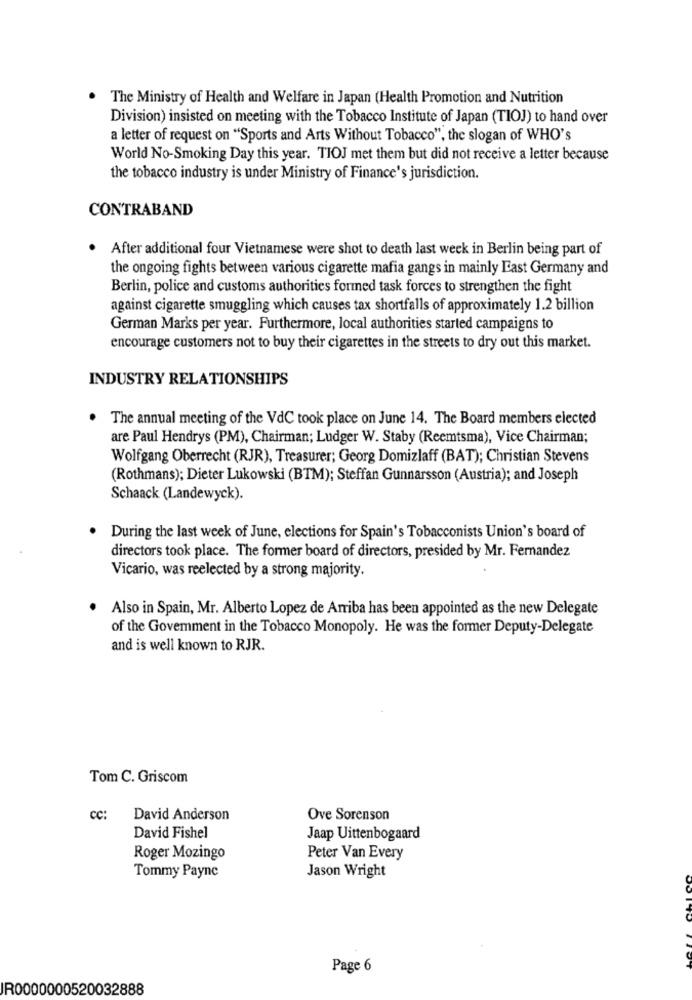
The Ministry of Health and Welfare in Japan (Health Promotion and Nutrition
Division) insisted on meeting with the Tobacco Institute of Japan (TIOJ) to hand over
a letter of request on "Sports and Arts Without Tobacco", the slogan of WHO's
World No-Smoking Day this year. TIOJ met them but did not receive a letter because
the tobacco industry is under Ministry of Finance's jurisdiction.
CONTRABAND
After additional four Vietnamese were shot to death last week in Berlin being part of
the ongoing fights between various cigarette mafia gangs in mainly East Germany and
Berlin, police and customs authorities formed task forces to strengthen the fight
against cigarette smuggling which causes tax shortfalls of approximately 1.2 billion
German Marks per year. Furthermore, local authorities started campaigns to
encourage customers not to buy their cigarettes in the streets to dry out this market.
INDUSTRY RELATIONSHIPS
.
The annual meeting of the VdC took place on June 14. The Board members elected
are Paul Hendrys (PM), Chairman; Ludger W. Staby (Reemtsma), Vice Chairman;
Wolfgang Oberrecht (RJR), Treasurer; Georg Domizlaff (BAT); Christian Stevens
(Rothmans); Dieter Lukowski (BTM); Steffan Gunnarsson (Austria); and Joseph
Schaack (Landewyck).
During the last week of June, elections for Spain's Tobacconists Union's board of
directors took place. The former board of directors, presided by Mr. Fernandez
Vicario, was reelected by a strong majority.
.
Also in Spain, Mr. Alberto Lopez de Arriba has been appointed as the new Delegate
of the Govemment in the Tobacco Monopoly. He was the former Deputy-Delegate
and is well known to RJR.
Tom C. Griscom
CC:
David Anderson
Ove Sorenson
David Fishel
Jaap Uittenbogaard
Roger Mozingo
Peter Van Every
Jason Wright
Tommy Payne
JOT
Page 6
IR0000000520032888